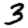
Digit: 3